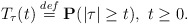
\begin{align*} \ T_{\tau}(t) \stackrel{def}{=} {\bf P} (|\tau| \ge t), \ t \ge 0.\end{align*}